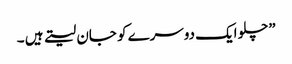
”چلو ایک دوسرے کو جان لیتے ہیں ۔